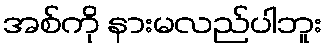
အစ်ကို နားမလည်ပါဘူး